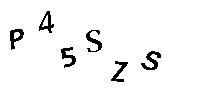
P45SZS